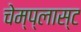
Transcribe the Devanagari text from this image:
चेम्प्लास्ट